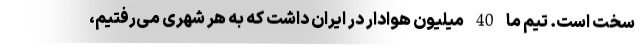
سخت است. تیم ما 40 میلیون هوادار در ایران داشت که به هر شهرى مى‌رفتیم،